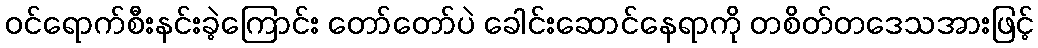
ဝင်ရောက်စီးနင်းခဲ့ကြောင်း တော်တော်ပဲ ခေါင်းဆောင်နေရာကို တစိတ်တဒေသအားဖြင့်